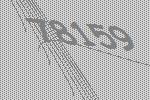
78159